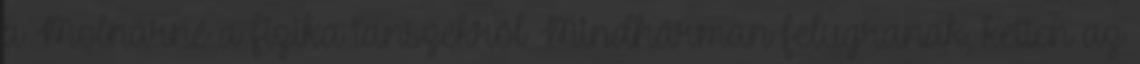
a Molnárné a fizika tanszékről Mindhárman felugranak, ketten az